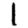
Digit: 1